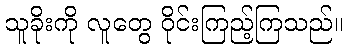
သူခိုးကို လူတွေ ဝိုင်းကြည့်ကြသည်။